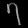
Digit: ၇